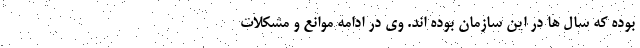
بوده که سال ها در این سازمان بوده اند. وی در ادامه موانع و مشکلات